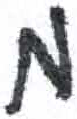
אות: מ